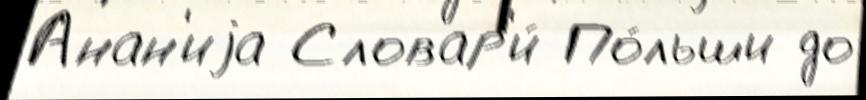
Анан'иjа Словар'и́ По́льши до